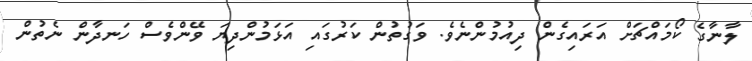
ލާނާގެ ކޯމައްޗަށް އަރައިގެން ދިއުމުންނެވެ. ވަގުތުން ކަރުގައި އަޅަމުންދިޔަ ވޭންވެސް ހަނދާން ނެތުން